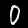
Label: 0